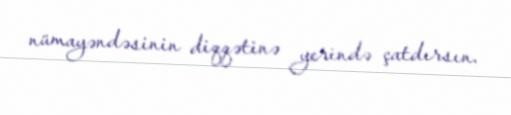
nümayəndəsinin diqqətinə yerində çatdırsın.